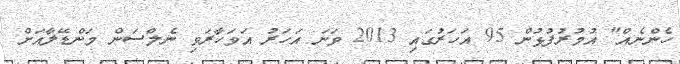
ހެންނެއް" އުމުރުފުޅުން 95 އަހަރުގައި 2013 ވަނަ އަހަރު އަވަހާރަވި ނެލްސަން މަންޑޭލާއަށް